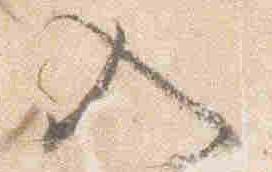
入